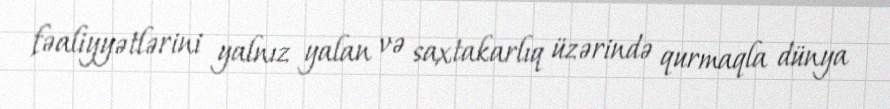
fəaliyyətlərini yalnız yalan və saxtakarlıq üzərində qurmaqla dünya